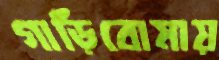
গাড়িবোমায়